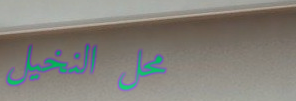
محل النخيل